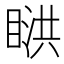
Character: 𥈰